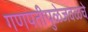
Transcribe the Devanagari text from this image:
गणपतीपुळेजवळचे